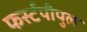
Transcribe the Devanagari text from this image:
फर्स्टपीपुल